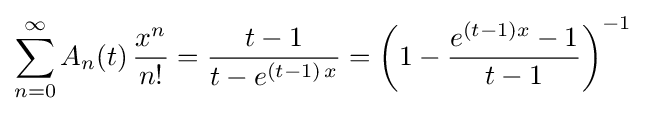
\sum _{n=0}^{\infty }A_{n}(t)\,{\frac {x^{n}}{n!}}={\frac {t-1}{t-e^{(t-1)\,x}}}=\left(1-{\frac {e^{(t-1)x}-1}{t-1}}\right)^{-1}